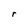
Character: r